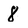
Character: 8